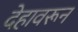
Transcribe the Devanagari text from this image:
देहावरून